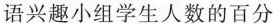
语兴趣小组学生人数的百分